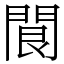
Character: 䦘